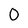
Character: O